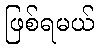
ဖြစ်ရမယ်